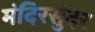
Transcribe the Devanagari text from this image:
मंदिरसुंदर